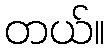
တယ်။